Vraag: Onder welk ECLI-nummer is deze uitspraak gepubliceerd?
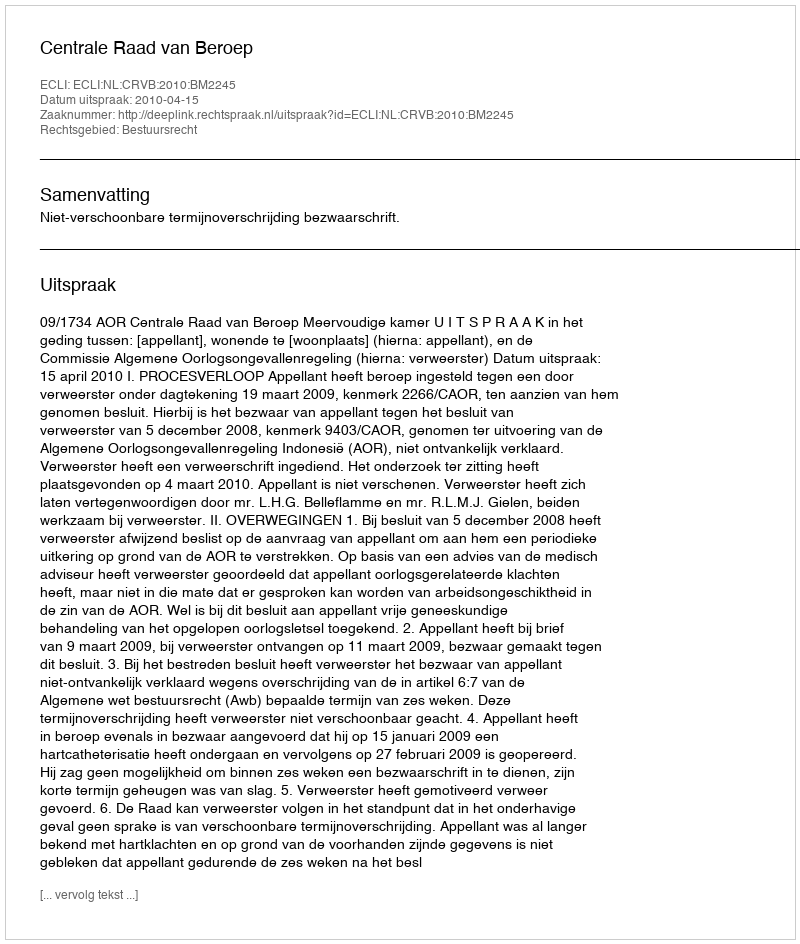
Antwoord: ECLI:NL:CRVB:2010:BM2245